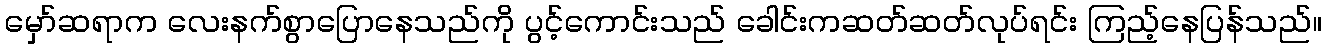
မှော်ဆရာက လေးနက်စွာပြောနေသည်ကို ပွင့်ကောင်းသည် ခေါင်းကဆတ်ဆတ်လုပ်ရင်း ကြည့်နေပြန်သည်။